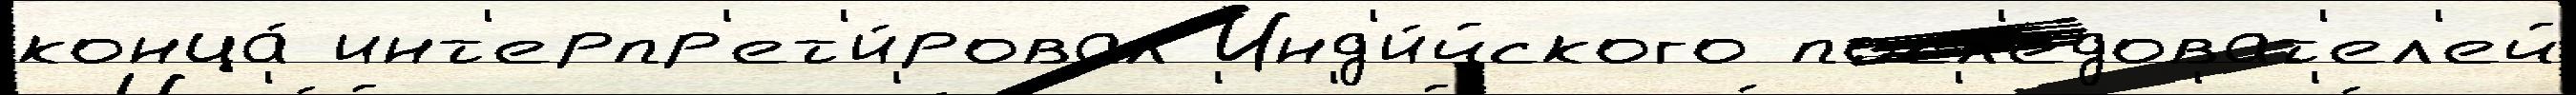
конца́ инт'ерпр'ет'и́ровал Инд'и́йского посл'е́доват'ел'ей